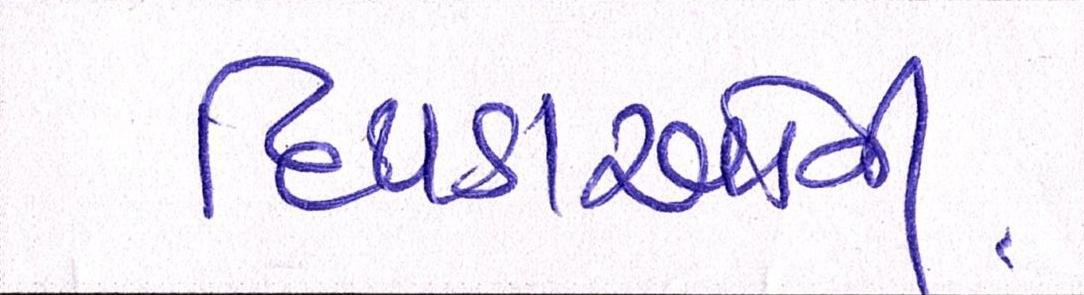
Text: દિપડાઓનો